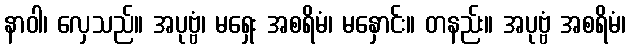
နာဝါ၊ လှေသည်။ အပုဗ္ဗံ၊ မရှေး အစရိမံ၊ မနှောင်း။ တနည်း။ အပုဗ္ဗံ အစရိမံ၊